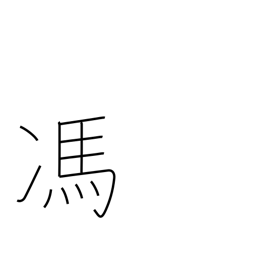
Meaning: displeasure